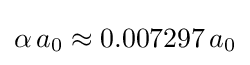
\alpha \,a_{0}\approx 0.007297\,a_{0}